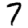
Digit: 7